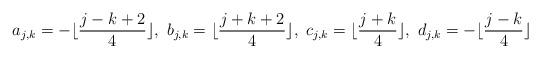
LaTeX: \begin{align*}a_{j,k}=-\lfloor \frac{j-k+2}{4}\rfloor ,\ b_{j,k}=\lfloor \frac{j+k+2}{4}\rfloor, \ c_{j,k}=\lfloor\frac{j+k}{4}\rfloor,\ d_{j,k}=-\lfloor \frac{j-k}{4}\rfloor \end{align*}